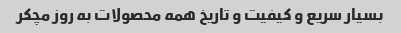
بسیار سریع و کیفیت و تاریخ همه محصولات به روز مچکر